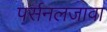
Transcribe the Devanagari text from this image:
पर्सनलजावा